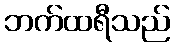
ဘက်ထရီသည်